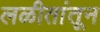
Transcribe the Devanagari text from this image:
लळीतांतून